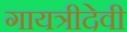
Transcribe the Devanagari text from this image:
गायत्रीदेवी